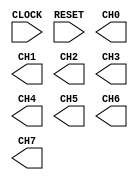

module paddles (
	CLOCK,
	RESET,
	CH0,
	CH1,
	CH2,
	CH3,
	CH4,
	CH5,
	CH6,
	CH7);	

	input		CLOCK;
	input		RESET;
	output	[11:0]	CH0;
	output	[11:0]	CH1;
	output	[11:0]	CH2;
	output	[11:0]	CH3;
	output	[11:0]	CH4;
	output	[11:0]	CH5;
	output	[11:0]	CH6;
	output	[11:0]	CH7;
endmodule